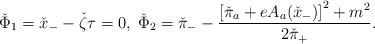
LaTeX: \begin{align*}\check{\Phi}_{1}=\check{x}_{-}-\check{\zeta}\tau=0,\;\check{\Phi}_{2}=\check{\pi}_{-}-\frac{\left[\check{\pi}_{a}+eA_{a}(\check{x}_{-})\right]^{2}+m^{2}}{2\check{\pi}_{+}}. \end{align*}